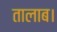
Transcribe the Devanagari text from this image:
तालाब।